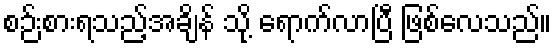
စဉ်းစားရသည့်အချိန် သို့ ရောက်လာပြီ ဖြစ်လေသည်။